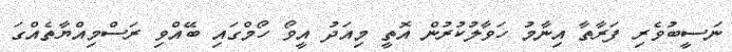
ނަސީބުވެރި ފަރާތާ އިނާމު ހަވާލުކުރުން އޮތީ މިއަދު އީވޯ ހޯމްގައި ބޭއްވި ރަސްމިއްޔާތެއްގަ